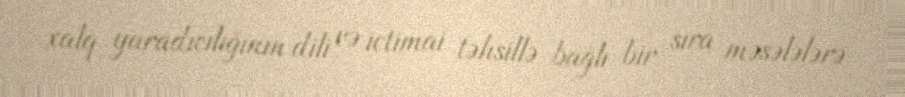
xalq yaradıcılığının dili və ictimai təhsillə bağlı bir sıra məsələlərə